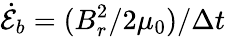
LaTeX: \dot{\mathcal{E}}_{b}=(B_{r}^{2}/2\mu_{0})/\Delta t